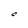
Character: O